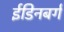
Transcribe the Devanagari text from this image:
ईडिनबर्ग